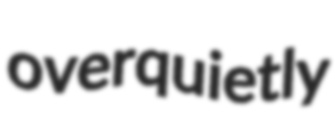
overquietly